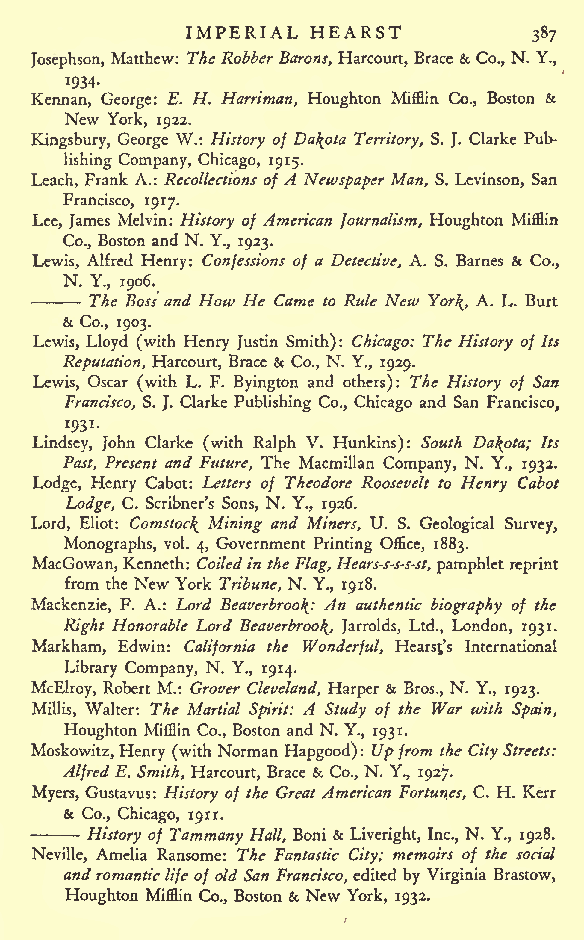
IMPERIAL HEARST
 387
 Josephson, Matthew: The Robber Barons, Harcourt, Brace & Co., N. Y.,
 Kennan, George: E. H. Harriman, Houghton MifBin Co., Boston &
 New
 York, 1922.
 Kingsbury, George W.: History of Dakota Territory, S. J. Clarke Pub-
 lishing Company, Chicago, 1915.
 Leach, Frank A.: Recollections of A Newspaper Man, S. Levinson, San
 Francisco, 1917.
 Lee, James Melvin: History of American Journalism, Houghton Mifflin
 -Co., Boston and N. Y., 1923.
 Lewis, Alfred Henry: Confessions of a Detective, A. S. Barnes & Co.,
 N. Y., 1906.
 The Boss and How He Came to Rule New Yor^, A. L. Burt
 &
 Co., 1903.
 Lewis, Lloyd (with Henry Justin Smith): Chicago: The History of Its
 Reputation, Harcourt, Brace & Co., N. Y., 1929.
 Lewis, Oscar (with L. F. Byington and others): The History of San
 Francisco, S. J. Clarke Publishing Co., Chicago and San Francisco,
 1931-
 Lindsey, John Clarke (with Ralph V. Hunkins): South Dakota; Its
 Past, Present and Future, The Macmillan Company, N. Y., 1932.
 Lodge, Henry Cabot: Letters of Theodore Roosevelt to Henry Cabot
 Lodge, C. Scribner's Sons, N. Y., 1926.
 Lord, Eliot: Comstoc^ Mining and Miners, U. S. Geological Survey,
 Monographs, vol. 4, Government Printing Office, 1883.
 MacGowan,Kenneth: Coiledin theFlag,Hears-s-s-s-st, pamphletreprint
 from the New York Tribune, N. Y., 1918.
 Mackenzie, F. A.: Lord BeaverbrooJ^: An authentic biography of the
 Right Honorable Lord BeaverbrooJ^, Jarrolds, Ltd., London, 1931.
 Markham, Edwin: California the Wonderful, Hearsts International
 Library Company, N. Y., 1914.
 McElroy, Robert M.: Grover Cleveland, Harper & Bros., N. Y., 1923.
 Millis, Walter: The Martial Spirit: A Study of the War with Spain,
 Houghton MifHin Co., Boston and N. Y., 1931.
 Moskowitz,Henry (with Norman Hapgood): Upfrom the CityStreets:
 -AlfredE. Smith, Harcourt, Brace & Co., N. Y., 1927.
 Myers, Gustavus: History of the Great American Fortun.es, C. H. Kerr
 &
 Co., Chicago, 1911.
 History of Tammany Hall, Boni & Liveright, Inc., N. Y., 1928.
 Neville, Amelia Ransome: The Fantastic City; memoirs of the social
 andromanticlife of old San Francisco,edited by Virginia Brastow,
 Houghton Mifflin Co., Boston & New York, 1932.